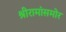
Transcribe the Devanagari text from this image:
श्रीरामांसमोर